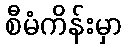
စီမံကိန်းမှာ